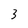
Character: 3